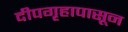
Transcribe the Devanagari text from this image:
दीपगृहापासून